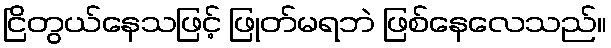
ငြိတွယ်နေသဖြင့် ဖြုတ်မရဘဲ ဖြစ်နေလေသည်။